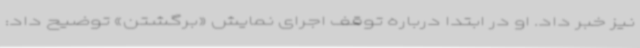
نیز خبر داد. او در ابتدا درباره توقف اجرای نمایش «برگشتن» توضیح داد: